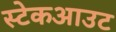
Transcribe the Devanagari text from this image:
स्टेकआउट